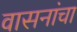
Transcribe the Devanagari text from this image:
वासनांचा